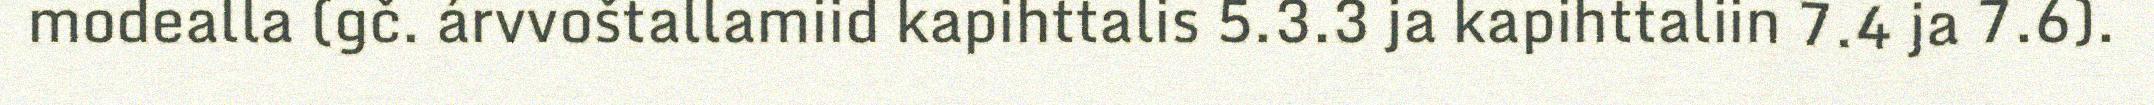
modealla (gč. árvvoštallamiid kapihttalis 5.3.3 ja kapihttaliin 7.4 ja 7.6).